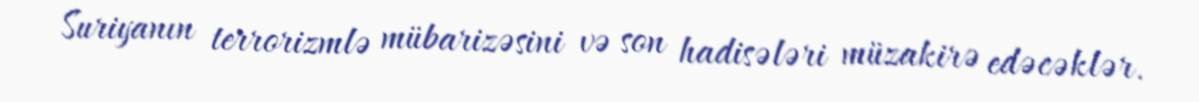
Suriyanın terrorizmlə mübarizəsini və son hadisələri müzakirə edəcəklər.